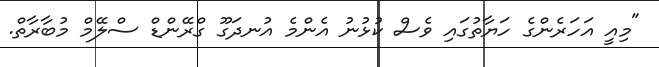
"މިއީ އަހަރެންގެ ހަޔާތުގައި ވެސް ކުޅުނު އެންމެ އުނދަގޫ ގްރޭންޑް ސްލޭމް މުބާރާތް.